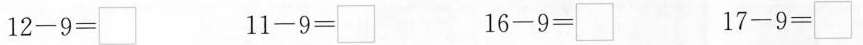
$$1 2 - 9 = \Box$$ $$1 1 - 9 = \Box$$ $$1 6 - 9 = \Box$$ $$1 7- 9 = \Box$$